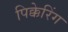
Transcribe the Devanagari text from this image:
पिक्केरिंग